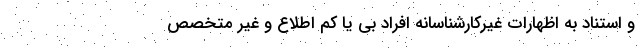
و استناد به اظهارات غيركارشناسانه افراد بی يا كم اطلاع و غير متخصص